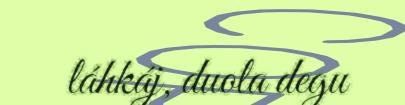
láhkáj, duola degu